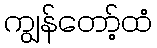
ကျွန်တော့်ထံ